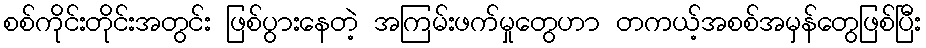
စစ်ကိုင်းတိုင်းအတွင်း ဖြစ်ပွားနေတဲ့ အကြမ်းဖက်မှုတွေဟာ တကယ့်အစစ်အမှန်တွေဖြစ်ပြီး